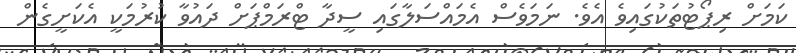
ކަމަށް ރިޕޯޓުތަކުގައިވެ އެވެ. ނަމަވެސް އެމައްސަލާގައި ސީދާ ޓްރަމްޕަށް ދައުވާ ކުރުމަކީ އެކަށީގެން